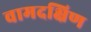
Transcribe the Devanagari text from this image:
वामदक्षिण